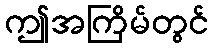
ဤအကြိမ်တွင်